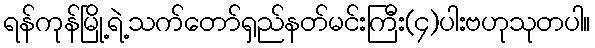
ရန်ကုန်မြို့ရဲ့သက်တော်ရှည်နတ်မင်းကြီး(၄)ပါးဗဟုသုတပါ။